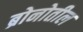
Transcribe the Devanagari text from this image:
ब्रोनोतील